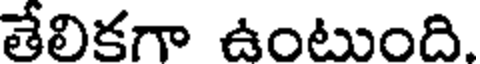
తేలికగా ఉంటుంది.